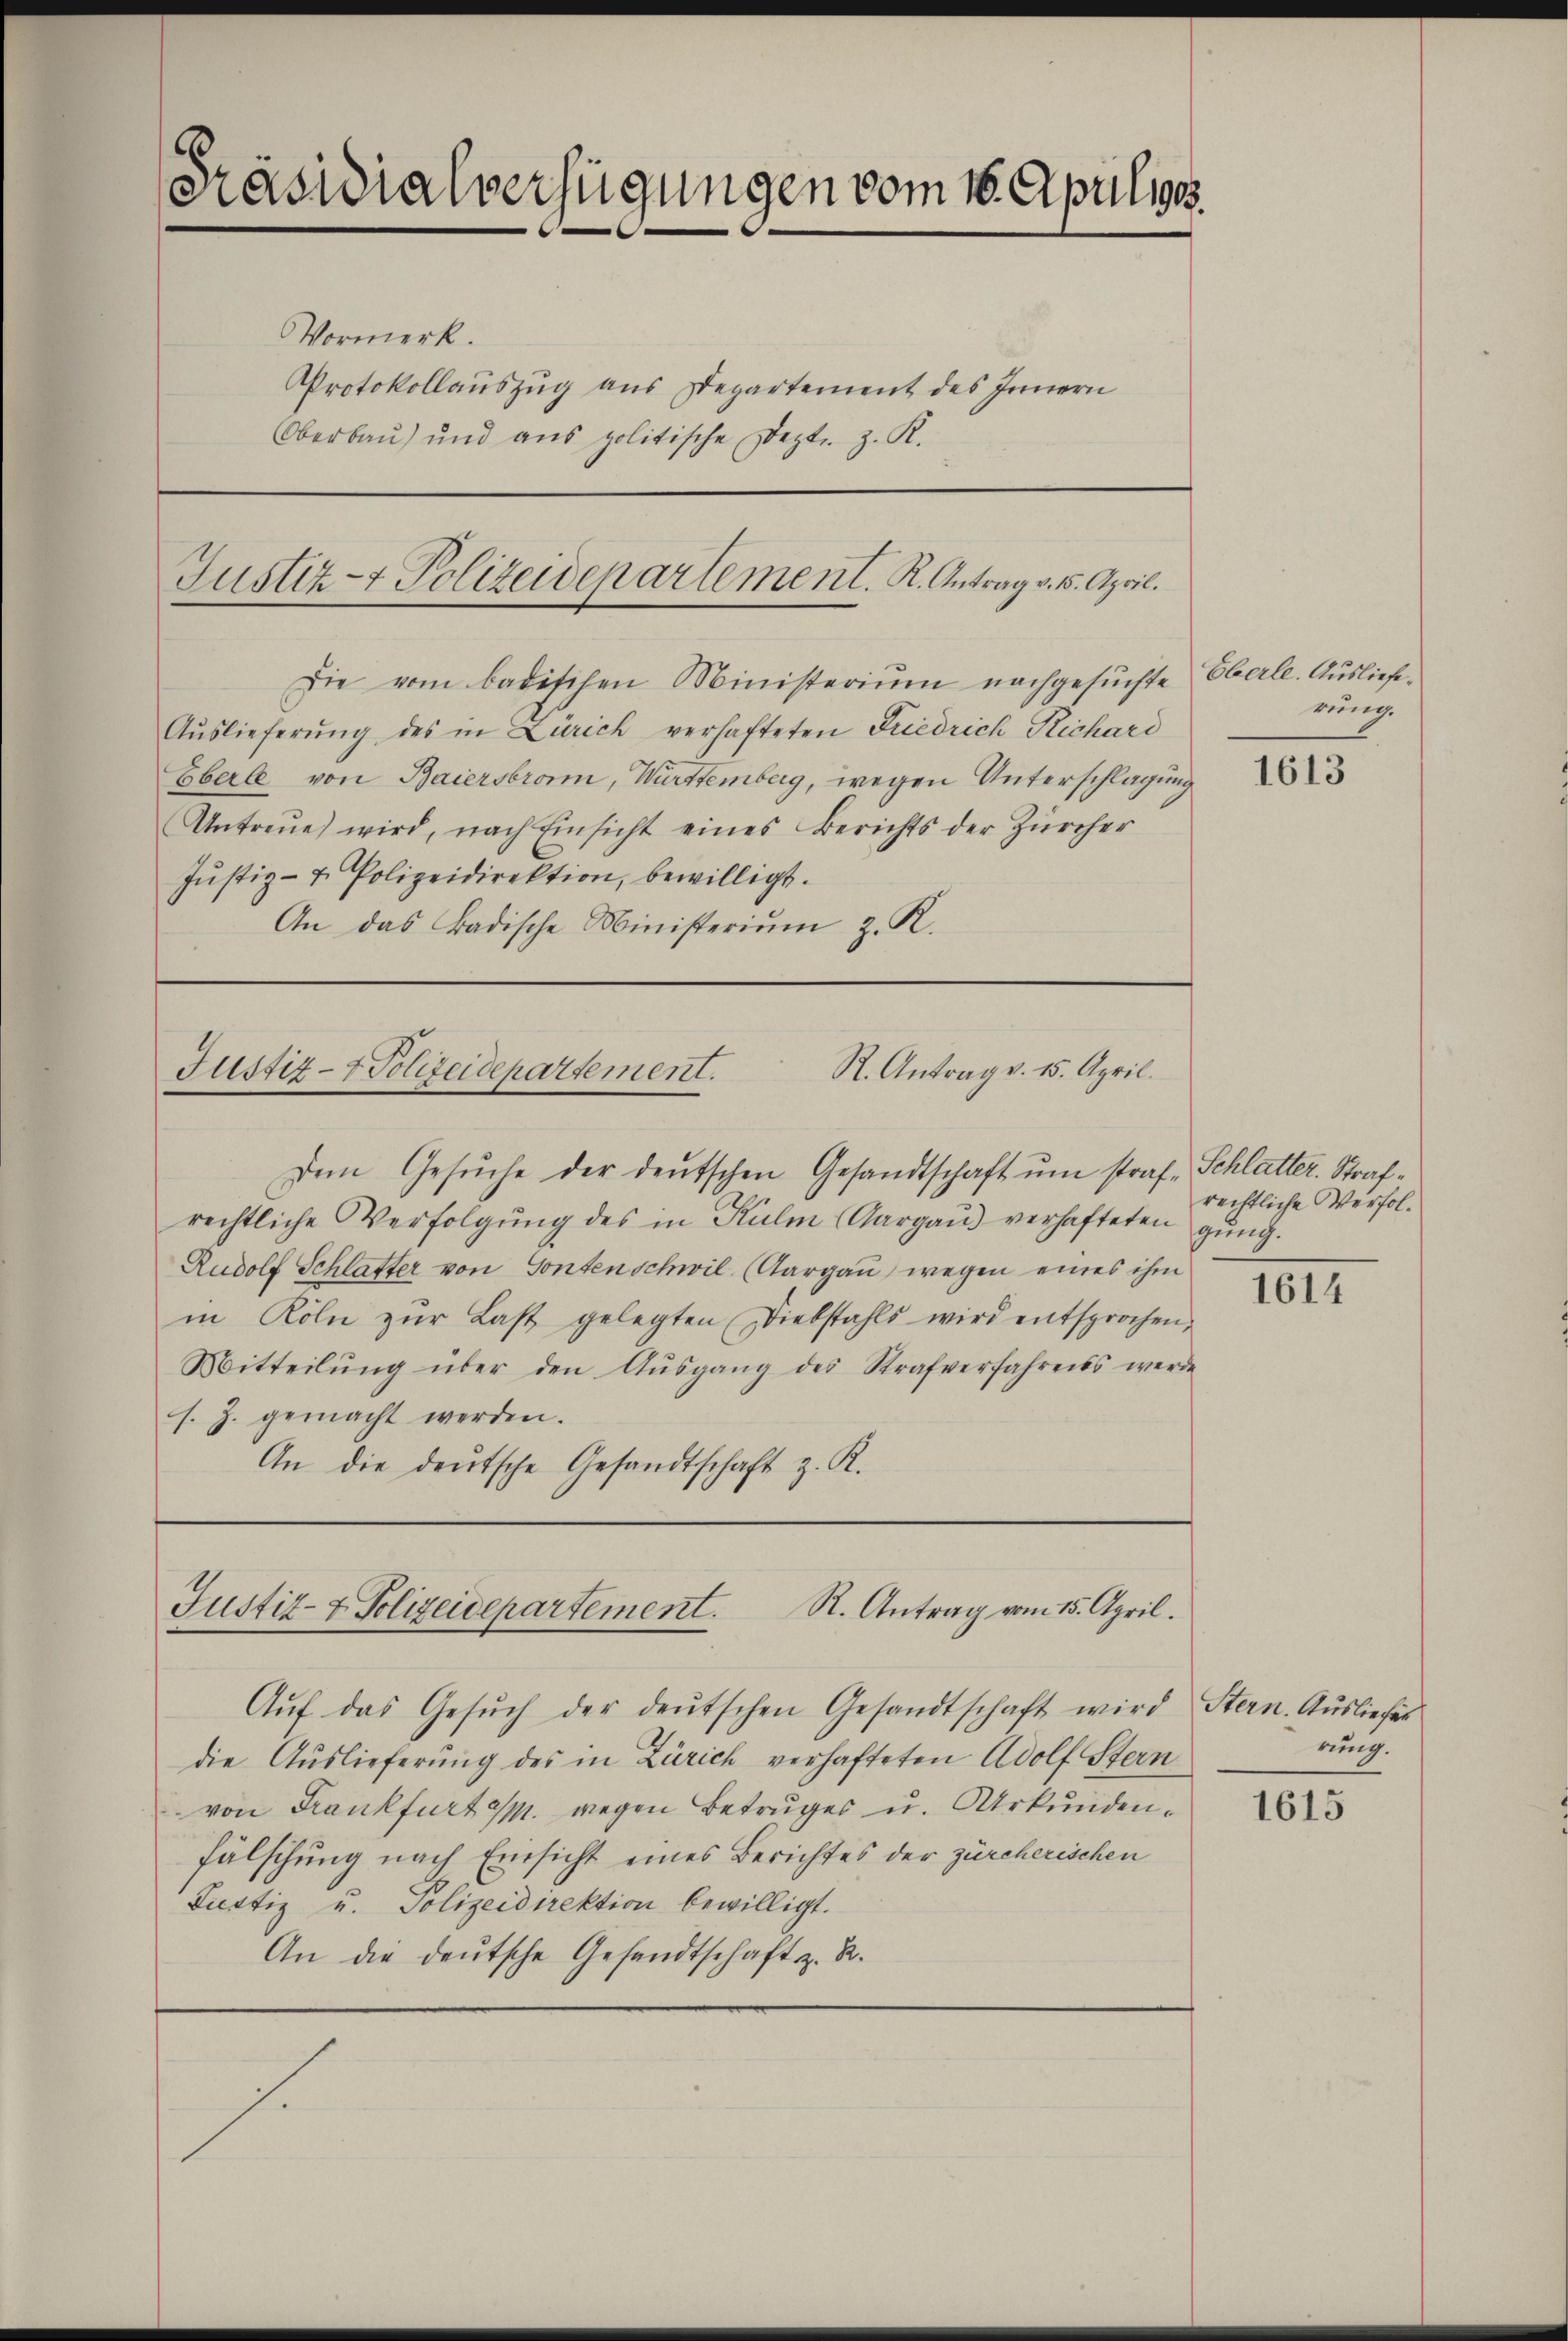
E
Präsidialverfügungen vom 16. Aprilige.

Justiz- & Polizeidepartement. K. Antrag v. 15. April.

R. Antrag v. 15. April.
Justiz- & Polizeidepartement.

Justiz- & Polizeidepartement. R. Antrag vom 15. April.

Vormerk.
Protokollauszug aus Departement des Innern
Oberbau) und aus politische Dezt z. K.

Die vom badischen Ministeriŭm nachgesŭchte Oberle. Ausliefe¬
Auslieferung des in Zürich verhafteten Friedrich Richari
Eberle von Baiersbronn, Württemberg, wegen Unterschlagung
Antreŭe) wird, nach Einsicht eines Berichts der Zürcher
Justiz- & Polizeidirektion, bewilligt.
An das Badische Ministeriŭm z. R.

Dem Gesŭche der deutschen Gesandtschaft um straf Schlatter. Strafrechtliche Verfolgŭng des in Kulm (Aargaŭ) verhafteten gung.
Rudolf Schlatter von Sontenschwil (Aargau, wegen eines ihm
in Köln zŭr Last gelegten Diebstahls wird entsprochen,
Mitteilŭng über den Aŭsgang des Strafverfahrens werde
s. Z. gemacht werden.
An die deŭtsche Gesandtschaft z. R.

die Auslieferung des in Zürich verhafteten Adolf Stern
von Frankfurt M. wegen Betruges u. Urkundenfälschung nach Einsicht eines Berichtes der zürcherischen
Justiz u. Polizeidirektion bewilligt.
An die deutsche Gesandtschaft z. R.

s.

Aŭf das Gesŭch der deŭtschen Gesandtschaft wird Stern. Ausliefes

rung.

1613

rechtliche Verfol¬

1614

rung.

1615